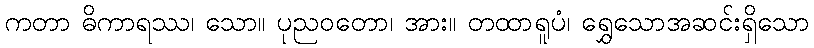
ကတာ ဓိကာရဿ၊ သော။ ပုညဝတော၊ အား။ တထာရူပံ၊ ရွှေသောအဆင်းရှိသော